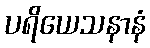
ပရိယေသနာနံ